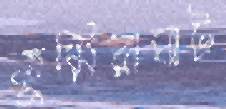
কুমিরাঘাট